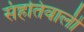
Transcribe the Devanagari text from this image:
संहतिवाली